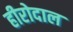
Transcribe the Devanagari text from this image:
हीरोदाल